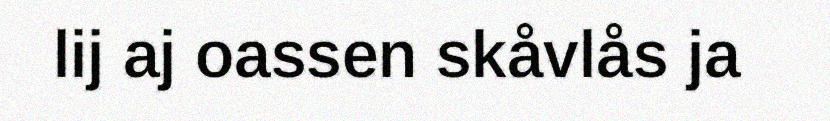
lij aj oassen skåvlås ja